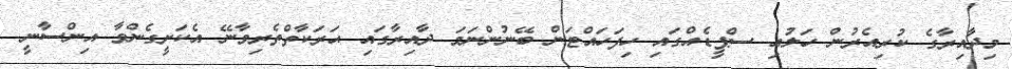
މިދާއިރާގެ ކުރިއެރުން ހަލުއި ސްޕީޑެއްގައި ހިފަހައްޓަން ބޭނުންނަމަ ދާއިރާގައި ޙަރަކާތްތެރިވާނޭ އެކަށީގެންވާ އިންސާނީ